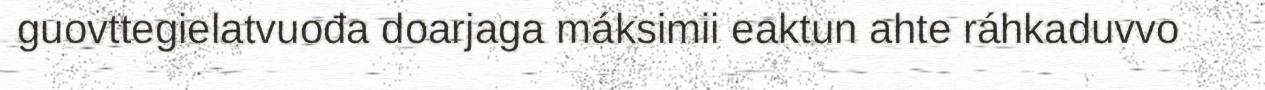
guovttegielatvuođa doarjaga máksimii eaktun ahte ráhkaduvvo